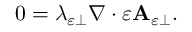
\begin{array} { r } { 0 = \lambda _ { \varepsilon \perp } \nabla \cdot \varepsilon \mathbf { A } _ { \varepsilon \perp } . } \end{array}